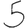
Digit: 5